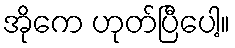
အိုကေ ဟုတ်ပြီပေါ့။